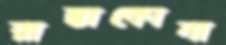
রাস্তাকোনা